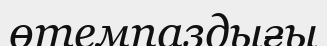
өтемпаздығы